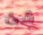
شئ